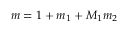
m = 1 + m _ { 1 } + M _ { 1 } m _ { 2 }